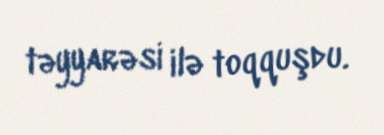
təyyarəsi ilə toqquşdu.